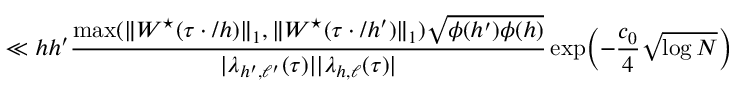
\ll h h ^ { \prime } \frac { \operatorname* { m a x } ( \| W ^ { \star } ( \tau \cdot / h ) \| _ { 1 } , \| W ^ { \star } ( \tau \cdot / h ^ { \prime } ) \| _ { 1 } ) \sqrt { \phi ( h ^ { \prime } ) \phi ( h ) } } { | \lambda _ { h ^ { \prime } , \ell ^ { \prime } } ( \tau ) | | \lambda _ { h , \ell } ( \tau ) | } \exp \Bigl ( - \frac { c _ { 0 } } { 4 } \sqrt { \log N } \Bigr )